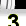
Digit: 3